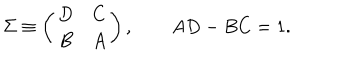
LaTeX: \Sigma \equiv \left( \begin{array} { c c } { { D } } & { { C } } \\ { { B } } & { { A } } \\ \end{array} \right) , \qquad A D - B C = 1 .